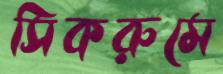
সিকরুমে